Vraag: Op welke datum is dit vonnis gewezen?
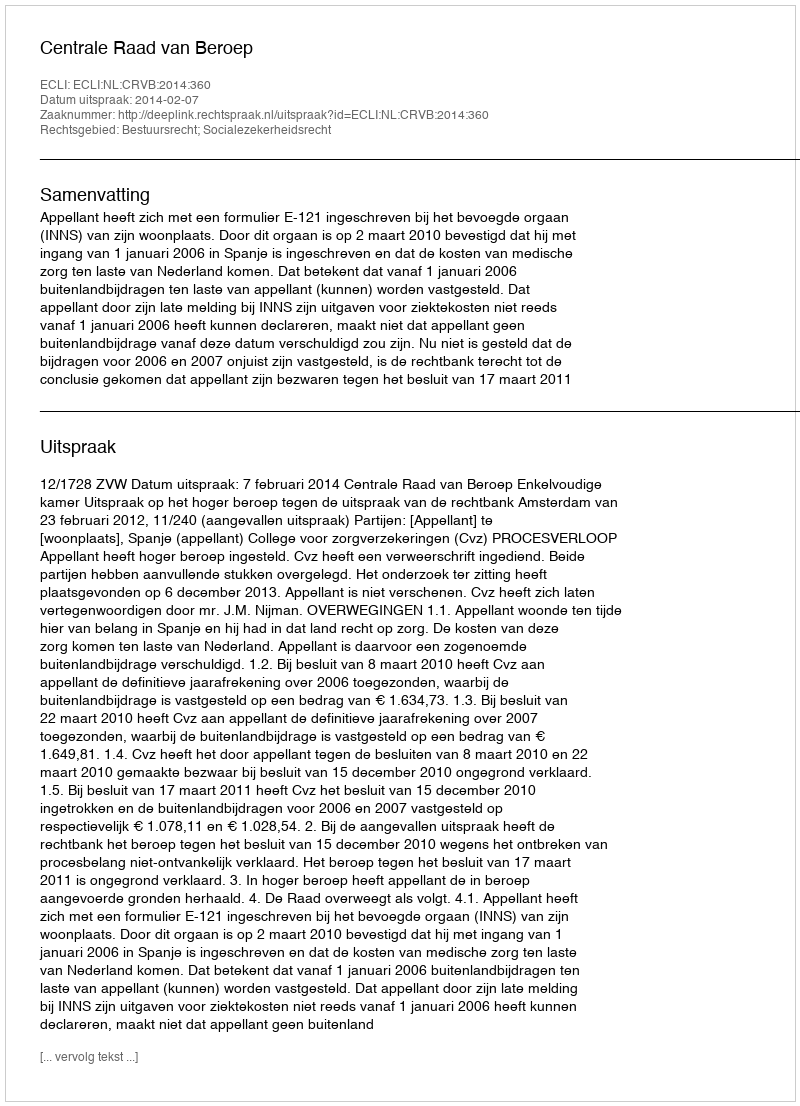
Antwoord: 2014-02-07